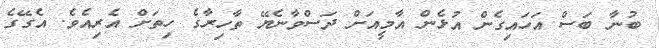
ބުނާ ބަސް އަހައިގެން އުޅެން އާމީއަށް ދަސްވާނެޔޭ ތާހިރާގެ ހިތަށް އެރިއެވެ. އެގޭގެ